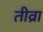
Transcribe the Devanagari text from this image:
तीव्रा